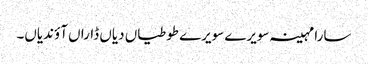
سارا مہینہ سویرے سویرے طوطیاں دیاں ڈاراں آؤندیاں۔